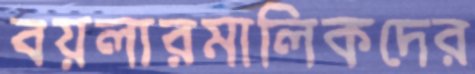
বয়লারমালিকদের